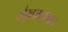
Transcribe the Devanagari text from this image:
शैख़जादगान